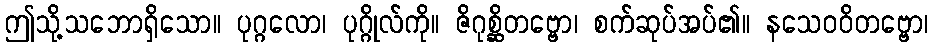
ဤသို့သဘောရှိသော။ ပုဂ္ဂလော၊ ပုဂ္ဂိုလ်ကို။ ဇိဂုစ္ဆိတဗ္ဗော၊ စက်ဆုပ်အပ်၏။ နသေဝဝိတဗ္ဗော၊